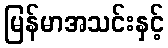
မြန်မာအသင်းနှင့်